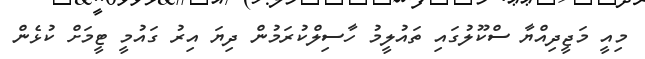
މިއީ މަޖީދިއްޔާ ސްކޫލުގައި ތައުލީމު ހާސިލްކުރަމުން ދިޔަ އިރު ގައުމީ ޓީމަށް ކުޅެން